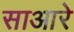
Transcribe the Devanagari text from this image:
साआरे